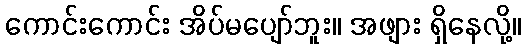
ကောင်းကောင်း အိပ်မပျော်ဘူး။ အဖျား ရှိနေလို့။